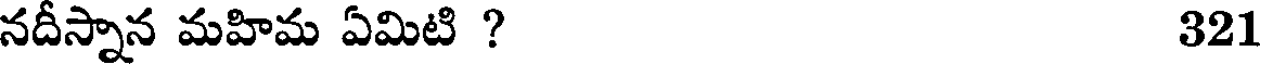
నదీస్నాన మహిమ ఏమిటి ? 321